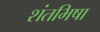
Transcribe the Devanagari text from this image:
शंतभिषा